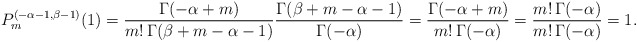
\begin{align*}P_{m}^{(-\alpha-1,\beta-1)}(1) = \frac{\Gamma(-\alpha + m)}{m!\,\Gamma(\beta+ m-\alpha-1)}\frac{\Gamma(\beta+ m-\alpha-1)}{\Gamma(-\alpha)} = \frac{\Gamma(-\alpha + m)}{m!\,\Gamma(-\alpha)}= \frac{m!\,\Gamma(-\alpha)}{m!\,\Gamma(-\alpha)} = 1.\end{align*}